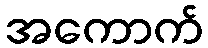
အကောက်